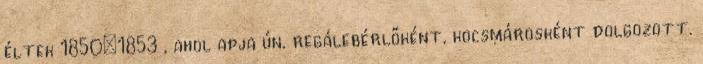
éltek 1850–1853 , ahol apja ún. regálebérlőként, kocsmárosként dolgozott.